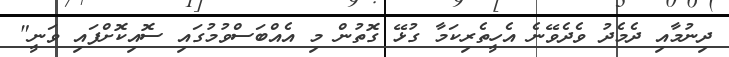
ދިނުމާއި ދެމެދު ވެދެވޭނެ އެހީތެރިކަމާ ގުޅޭ ގޮތުން މި އެއްބަސްވުމުގައި ސޮއިކޮށްފައި ވަނީ"